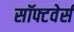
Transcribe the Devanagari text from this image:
सॉफ्टवेर्स